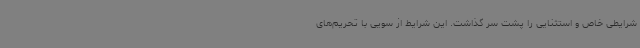
شرایطی خاص و استثنایی را پشت سر گذاشت. این شرایط از سویی با تحریم‌های